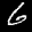
Label: 6